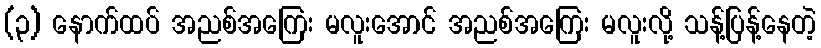
(၃) နောက်ထပ် အညစ်အကြေး မလူးအောင် အညစ်အကြေး မလူးလို့ သန့်ပြန့်နေတဲ့